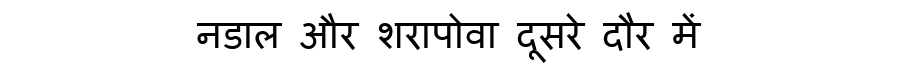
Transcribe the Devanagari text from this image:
नडाल और शरापोवा दूसरे दौर में